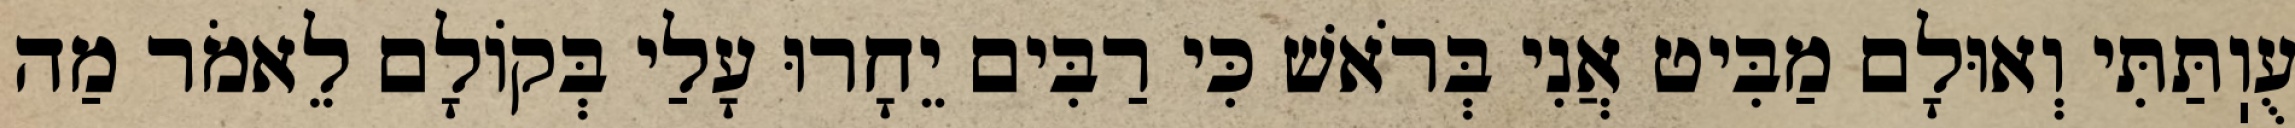
עֻוֽתַּתִּי וְאוּלָם מַבִּיט אֲנִי בְּרֹאשׁ כִּי רַבִּים יֵחָרוּ עָלַי בְּקוֹלָם לֵאמֹר מַה